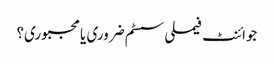
جوائنٹ فیملی سسٹم ضروری یا مجبوری؟